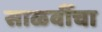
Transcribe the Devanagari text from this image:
साळवींचा